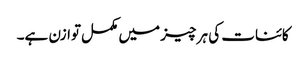
کائنات کی ہر چیز میں مکمل توازن ہے۔